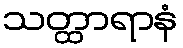
သတ္ထာရာနံ